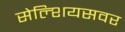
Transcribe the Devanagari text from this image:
सेल्शियसवर